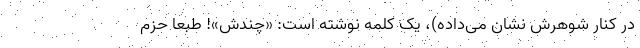
در کنار شوهرش نشان می‌داده)، یک کلمه نوشته‌ است: «چندش»! طبعا حزم